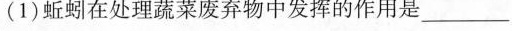
(1)蚯蚓在处理蔬菜废弃物中发挥的作用是___